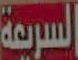
السريعة